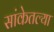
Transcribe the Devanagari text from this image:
सांकेतल्या